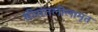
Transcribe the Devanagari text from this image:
श्रीसंतलीलामृत